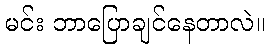
မင်း ဘာပြောချင်နေတာလဲ။